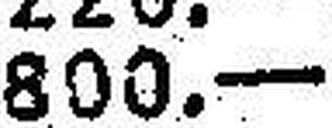
800.—